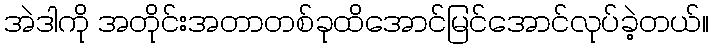
အဲဒါကို အတိုင်းအတာတစ်ခုထိအောင်မြင်အောင်လုပ်ခဲ့တယ်။